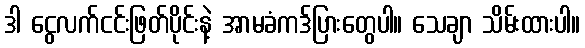
ဒါ ငွေလက်ငင်းဖြတ်ပိုင်းနဲ့ အာမခံကဒ်ပြားတွေပါ။ သေချာ သိမ်းထားပါ။